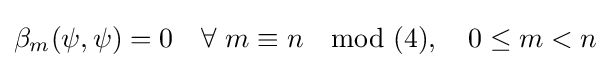
\beta _{m}(\psi ,\psi )=0\quad \forall \ m\equiv n\mod (4),\quad 0\leq m<n